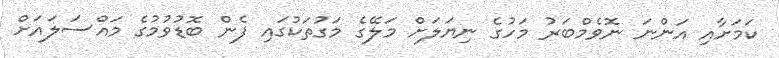
ކަމަށާއި އަންނަ ނޮވެމްބަރު މަހުގެ ނިޔަލަށް މަލޭގެ މަގުތަކުގައި ފެން ބޮޑުވުމުގެ މައްސަލައަށް